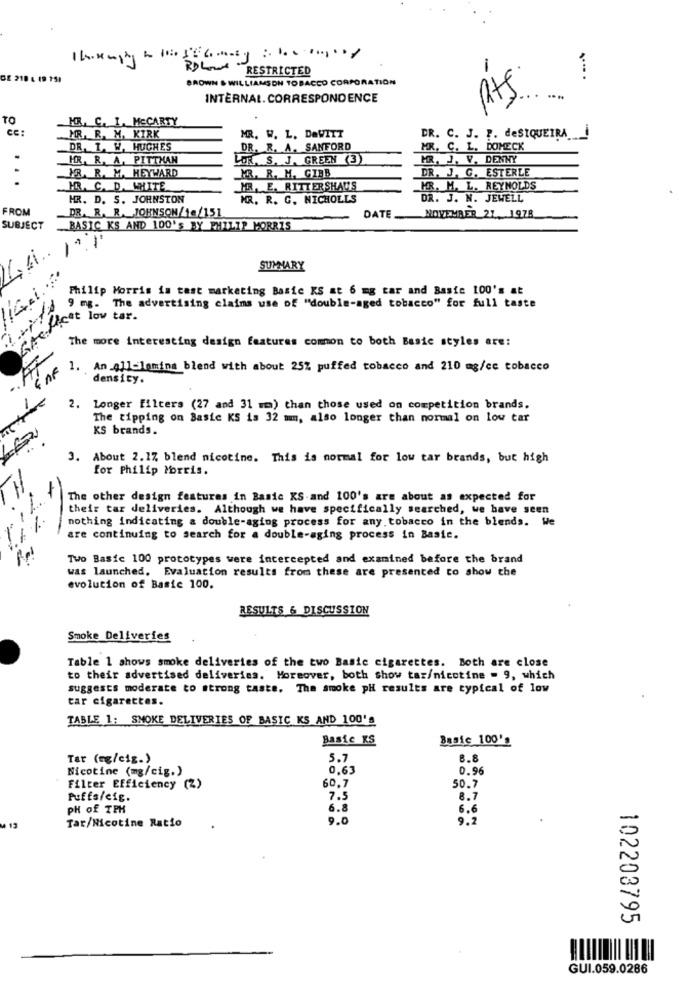
RESTRICTED
1
GE 218
BROWN & WILLIAMSON TOBACCO CORPORATION
INTERNAL. CORRESPONDENCE
TO
HR. C. I. MCCARTY
Cc:
MR. R. M. KIRK
MR. W. L. DeWITT
DR. C. J. P. deSIQUEIRA
DR. T. W. HUGHES
DR. R. A. SANFORD
MR. C. L. DOMECK
HR, R. A. PITTHAN
LOR, S. J. GREEN (3)
MRR. J. V. DENNY
FR. R. M. HEYWARD
DR. J. G. ESTERLE
...
MR. R. M. GIBB
MR. C. D. WHITE
MR. E. RITTERSHAUS
KR. M. L. REYNOLDS
HR. D. S. JOHNSTON
MR. R. C. NICHOLLS
DR. J. N. JEWELL
FROM
DR. R. R. JOHNSON/14/151
DATE
NOVEMBER 21. 1978
SUBJECT
BASIC KS AND 100'S BY PHILIP MORRIS
1
SUMMARY
Philip Morris in test marketing Basic KS at 6 mg car and Basic 100's at
9 mg. The advertising claims use of "double-aged tobacco" for full taste
Icat low tar-
GA
The more interesting design features common to both Basic styles are:
of
1. An 4]]-lamina blend with about 25% puffed tobacco and 210 mg/ce tobacco
density.
2. Longer filters (27 and 31 mm) than those used on competition brands.
The tipping on Basic KS is 32 mmmm, also longer than normal on low car
KS brands.
3. About 2.1% blend nicotine. This is normal for low tar brands, but high
for Philip Morris.
11.11
11
The other design features in Basic KS and 100's are about as expected for
their tar deliveries. Although we have specifically searched, we have seen
%
nothing indicating a double-aging process for any tobacco in the blends. We
.1
are continuing to search for a double-aging process in Basic.
Two Basic 100 prototypes were intercepted and examined before the brand
was launched. Evaluation results from these are presented to show the
evolution of Basic 100.
RESULTS & DISCUSSION
Smoke Deliveries
Table 1 shows smoke deliveries of the two Basic cigarettes. Both are close
to their advertised deliveries. Moreover, both show tar/nicotine = 9, which
suggests moderate to strong taste. The smoke pH results are typical of low
tar cigarettes.
TABLE 1: SMOKE DELIVERIES OF BASIC KS AND 100's
Basic KS
Busie 100's
Tar (eg/cig.)
5.7
8.8
Nicotine (mg/cig.)
0,63
0.96
60.7
Filter Efficiency (2)
50.7
Puffs/efg.
7.5
8.7
PH of TPH
6.8
6.6
Tar/Nicotine Ratio
9.0
9.2
13
102203795
GUI.059.0286